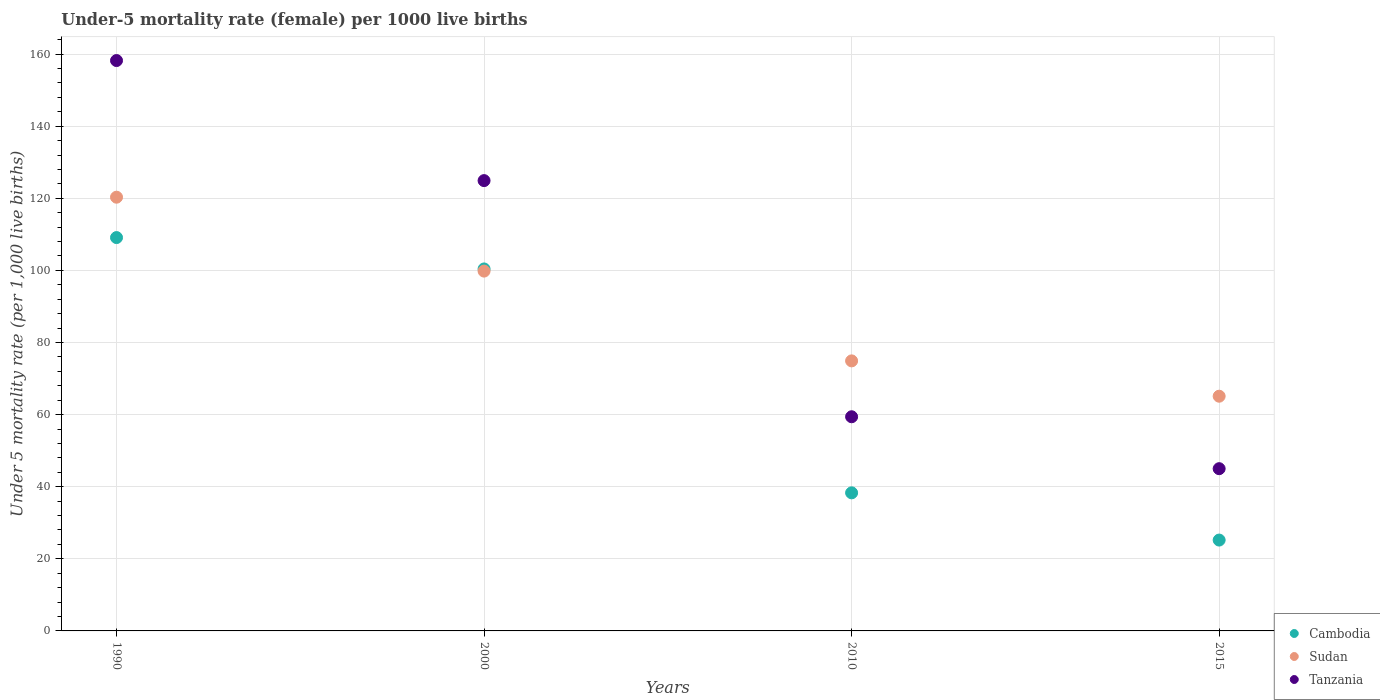
| Years | Cambodia | Sudan | Tanzania |
 | --- | --- | --- | --- |
 | 1990 | 109 | 120 | 158 |
 | 2000 | 100 | 99.8 | 125 |
 | 2010 | 38.3 | 74.9 | 59.4 |
 | 2015 | 25.2 | 65.1 | 45 |